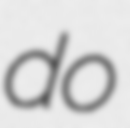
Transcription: do